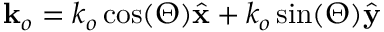
\mathbf { k } _ { o } = k _ { o } \cos ( \Theta ) \hat { \mathbf { x } } + k _ { o } \sin ( \Theta ) \hat { \mathbf { y } }